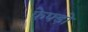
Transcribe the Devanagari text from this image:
फेफ्ड़ो